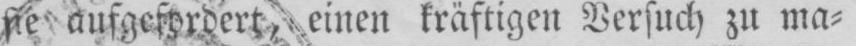
sie aufgefordert, einen kräftigen Versuch zu ma⸗